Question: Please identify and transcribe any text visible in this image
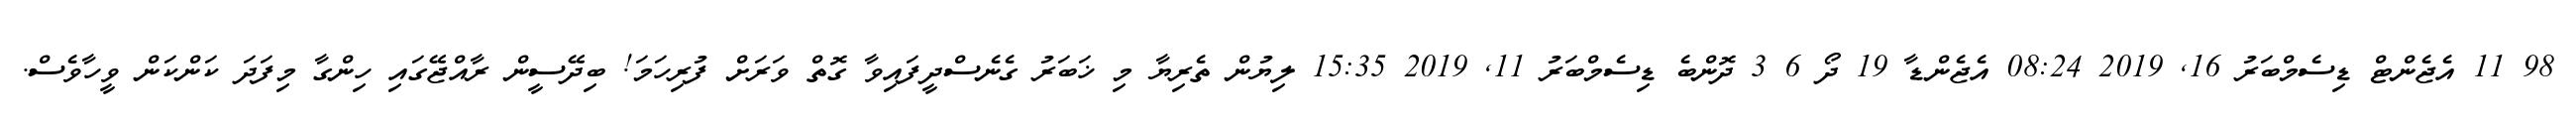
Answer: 98 11 އެޖެންޓް ޑިސެމްބަރު 16, 2019 08:24 އެޖެންޑާ 19 ދޯ 6 3 ދޮންބެ ޑިސެމްބަރު 11, 2019 15:35 ލިޔުން ތެރިޔާ މި ޚަބަރު ގެނެސްދީފައިވާ ގޮތް ވަރަށް ފުރިހަމަ! ބިދޭސީން ރާއްޖޭގައި ހިންގާ މިފަދަ ކަންކަން ވީހާވެސް.